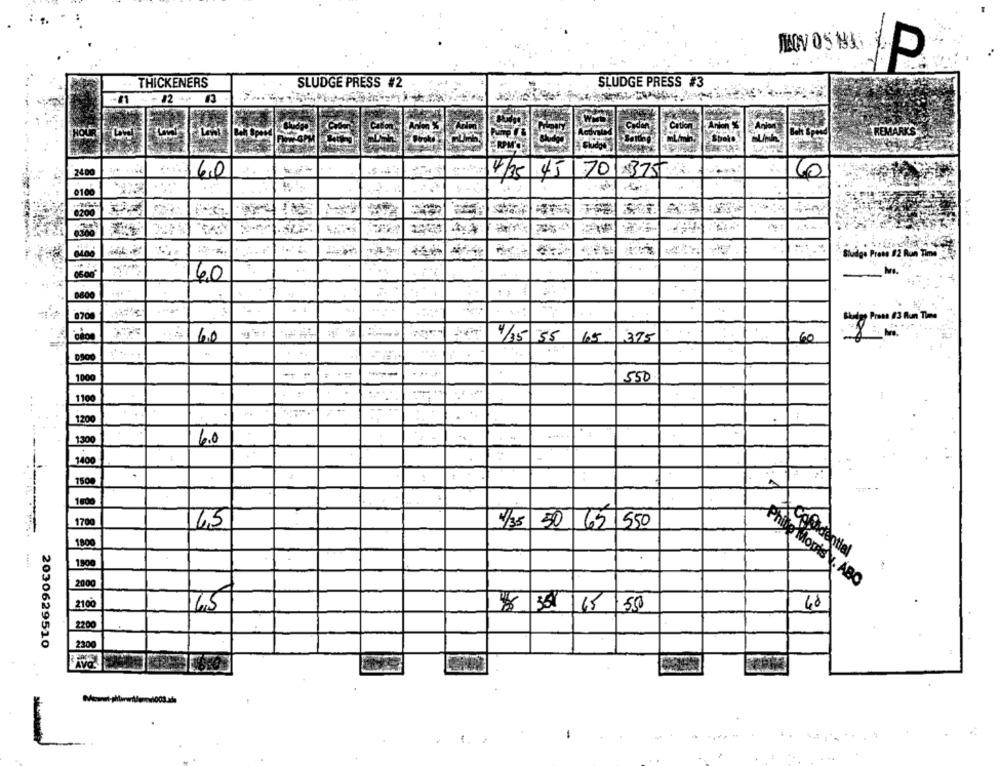
THICKENERS
SLUDGE PRESS #2
SLUDGE PRESS #3
12 ***
#3
HOUR
REMARKS
2400
60
4135 45
70
0100
0200
8.30
0400
Judge Press #2 Run Time
0600
8700
ty Press 83 Run Time
4/35
65
375
60
6.0
. ..
1000
550
1100
-
1200
1300
6.0
1400
1500
:
1800
1700
4,5
1/35 50 65 550
1800
1900
200g
Phine Moris v. ABO
2100
40
4.5
2200
2030629510
2300